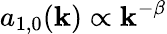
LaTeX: a_{1,0}(\mathbf{k})\propto\mathbf{k}^{-\beta}